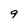
Character: 9